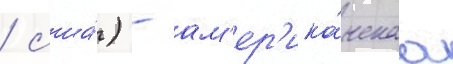
/ сша́) - ам'ер'ика́нскаа